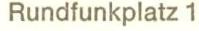
Rundfunkplatz 1